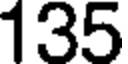
135